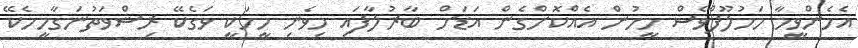
އެހެންވީމާ މަހުލޫފްވެސް މީހުން އެއްކޮށްގެން އަޑަށް ބާރުލާފައި މިވެނި މީހަކީ ވަގެކޭ ރިޝްވަތުނަގާމީހެކޭ